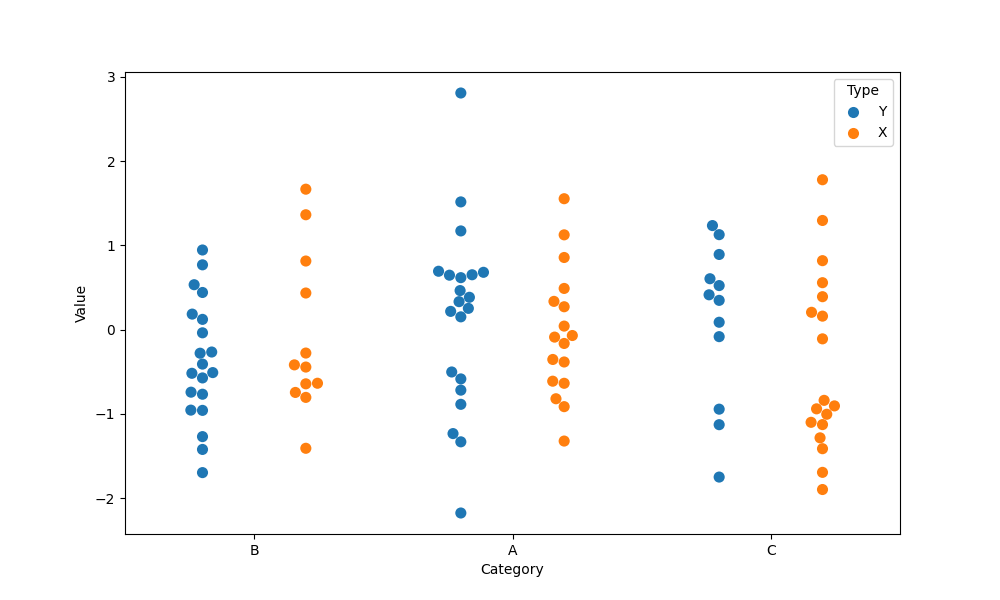
python, seaborn, swarmplot, dodge=True, alpha=1.0, size=8